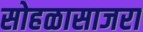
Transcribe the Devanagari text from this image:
सोहळासाजरा